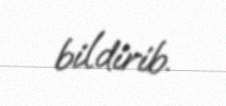
bildirib.